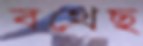
বখেছ